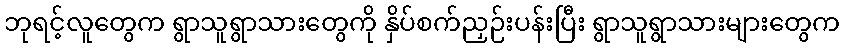
ဘုရင့်လူတွေက ရွာသူရွာသားတွေကို နှိပ်စက်ညှဉ်းပန်းပြီး ရွာသူရွာသားများတွေက